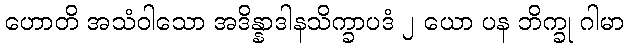
ဟောတိ အသံဝါသော အဒိန္နာဒါနသိက္ခာပဒံ ၂ ယော ပန ဘိက္ခု ဂါမာ